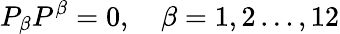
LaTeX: P_{\beta}P^{\beta}=0,\quad\beta=1,2\dots,12